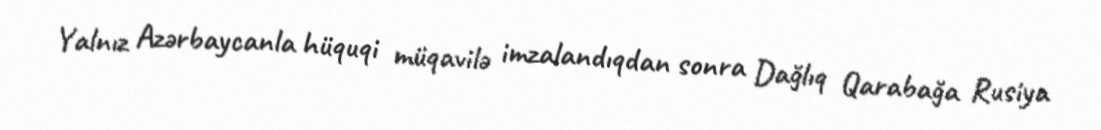
Yalnız Azərbaycanla hüquqi müqavilə imzalandıqdan sonra Dağlıq Qarabağa Rusiya